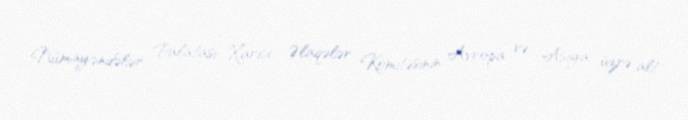
Nümayəndələr Palatası Xarici Əlaqələr Komitəsinin Avropa və Asiya üzrə alt